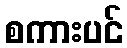
စကားပင်